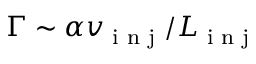
\Gamma \sim \alpha v _ { \textrm { i n j } } / L _ { \textrm { i n j } }